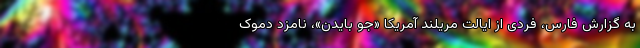
به گزارش فارس، فردی از ایالت مریلند آمریکا «جو بایدن»، نامزد دموک